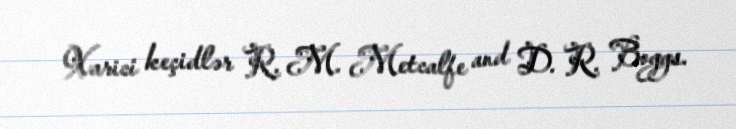
Xarici keçidlər R. M. Metcalfe and D. R. Boggs.